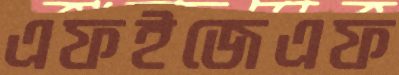
এফইজেএফ